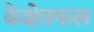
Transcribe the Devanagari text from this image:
केक्षेत्रफल